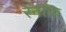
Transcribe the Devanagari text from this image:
रेनॉफ